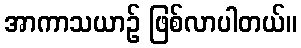
အာကာသယာဉ် ဖြစ်လာပါတယ်။